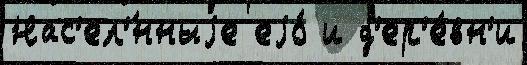
Нас'ел'́нныjе еjо́ и д'ер'е́вн'и